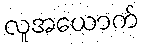
လူအယောက်